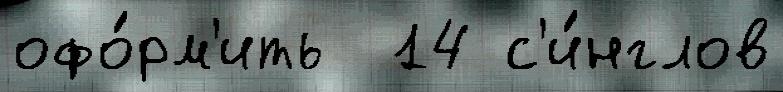
офо́рм'ить  14 с'и́нглов